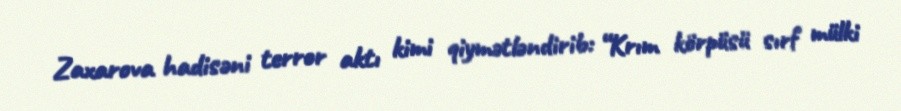
Zaxarova hadisəni terror aktı kimi qiymətləndirib: “Krım körpüsü sırf mülki